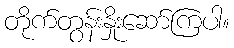
တိုက်တွန်းနှိုးဆော်ကြပါ။